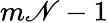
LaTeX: m\mathscr{N}-1